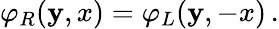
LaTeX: \varphi_{R}(\mathbf{y},x)=\varphi_{L}(\mathbf{y},-x)\, .